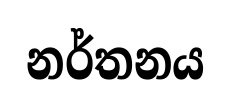
නර්තනය